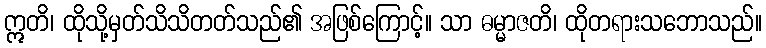
ဣတိ၊ ထိုသို့မှတ်သိသိတတ်သည်၏ အဖြစ်ကြောင့်။ သာ ဓမ္မာဇတိ၊ ထိုတရားသဘောသည်။